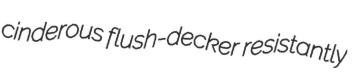
cinderous flush-decker resistantly